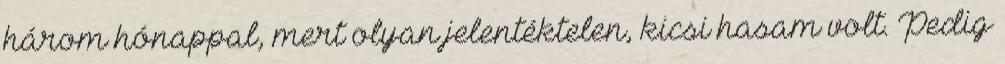
három hónappal, mert olyan jelentéktelen, kicsi hasam volt. Pedig